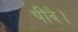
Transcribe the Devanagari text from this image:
पीवै।